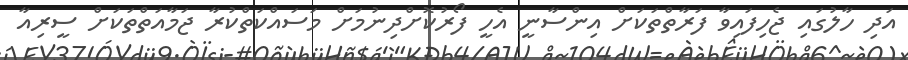
އަދި ހާލުގައި ޖެހިފައިވާ ފަރާތްތަކަށް އިންސާނީ އެހީ ފޯރުކޮށްދިނުމަށް މަސައްކަތްކުރާ ޖަމާއަތްތަކަށް ސީރިއާ